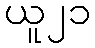
ယူ၂၁